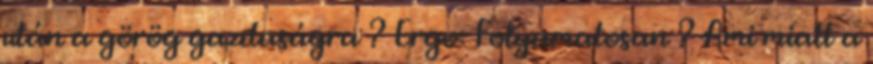
után a görög gazdaságra ? Ergo: Folyamatosan ? Ami miatt a